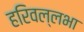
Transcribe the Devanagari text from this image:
हरिवल्लभा